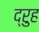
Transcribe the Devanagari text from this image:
द्रुह